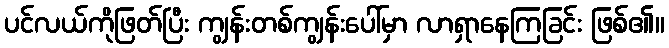
ပင်လယ်ကိုဖြတ်ပြီး ကျွန်းတစ်ကျွန်းပေါ်မှာ လာရှာနေကြခြင်း ဖြစ်၏။